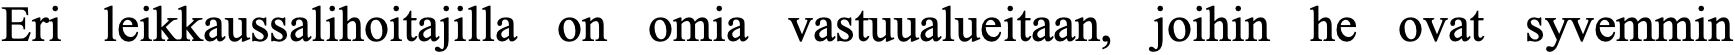
Eri leikkaussalihoitajilla on omia vastuualueitaan, joihin he ovat syvemmin